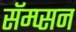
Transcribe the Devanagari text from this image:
सॅम्प्सन